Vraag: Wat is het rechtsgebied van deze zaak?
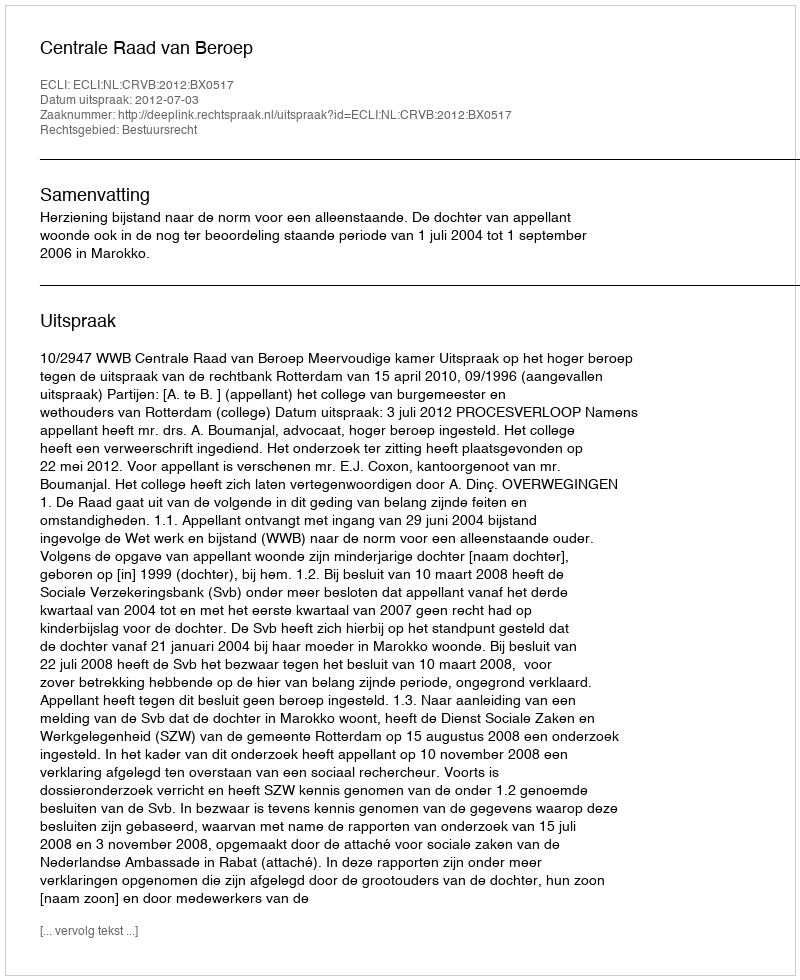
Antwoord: Bestuursrecht